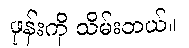
ဖုန်းကို သိမ်းတယ်။